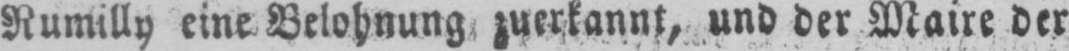
Rumilly eine Belohnung zuerkannt, und der Maire der